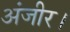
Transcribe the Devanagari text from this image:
अंजीर।